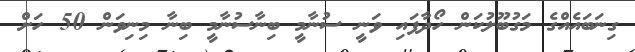
ގިނަބައެއްގެ މަގުބޫލުކަން ހޯދާފައި ވަނީ ސުނާމީ ބިނާސުނާމީ ބިނާ މިނިވަން 50 ހަށް